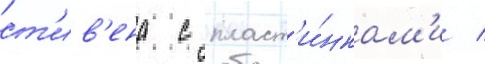
ст'ив'ена с пласт'и́нкам'и /